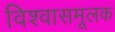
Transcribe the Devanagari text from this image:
विश्वासमूलक